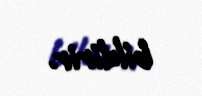
bildirir.